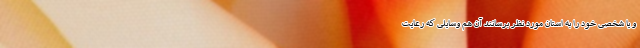
و یا شخصی خود را به استان مورد نظر برسانند آن هم وسایلی که رعایت